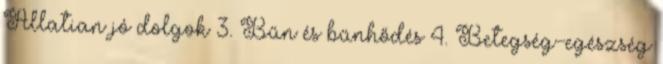
Állatian jó dolgok 3. Bűn és bűnhődés 4. Betegség-egészség